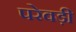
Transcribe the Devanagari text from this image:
परेवड़ी